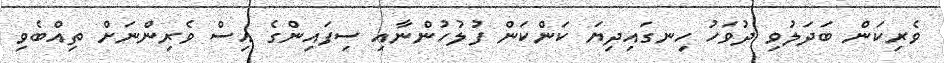
ވެރިކަން ބަދަލުވި ދުވަހު ހިނގައިދިޔަ ކަންކަން ފުލުހުންނާއި ސިފައިންގެ އިސް ވެރިންނަށް ތިއްބެވި